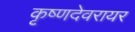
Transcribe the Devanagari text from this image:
कृष्णदेवरायर